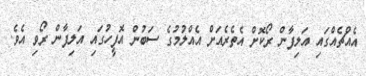
އެއްޗެއްގައި އަލިފާން ރޯކޮށް އެތެރެއަށް އެއްލުމުގެ ސަބުން އޮފީހުގައި އަލިފާން ރޯވި އެވެ.